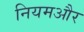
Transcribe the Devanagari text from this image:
नियमऔर